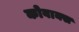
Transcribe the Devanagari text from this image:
कोवाक्स